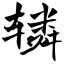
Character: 辚